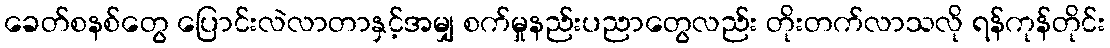
ခေတ်စနစ်တွေ ပြောင်းလဲလာတာနှင့်အမျှ စက်မှုနည်းပညာတွေလည်း တိုးတက်လာသလို ရန်ကုန်တိုင်း